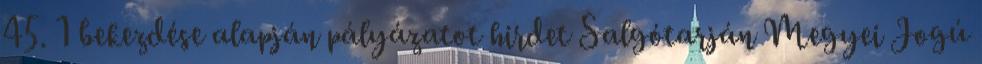
45. 1 bekezdése alapján pályázatot hirdet Salgótarján Megyei Jogú